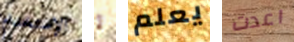
الإستخدام لم يعلم اعدت